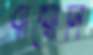
বায়োনি